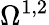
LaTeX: \Omega^{1,2}